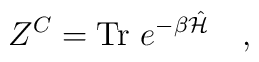
Z^C=\mbox{Tr}~e^{-\beta \hat{\cal H}}~~~,